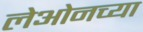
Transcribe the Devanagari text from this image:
लेओनच्या